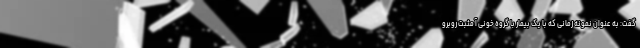
گفت: به عنوان نمونه زمانی که با یک بیمار با گروه خونی آ مثبت روبرو